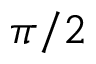
\pi / 2